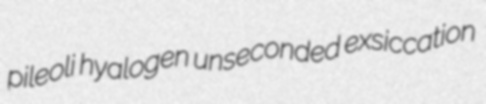
pileoli hyalogen unseconded exsiccation